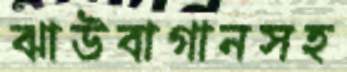
ঝাউবাগানসহ